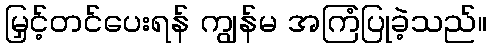
မြှင့်တင်ပေးရန် ကျွန်မ အကြံပြုခဲ့သည်။